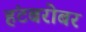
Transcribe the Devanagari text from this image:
हंटबरोबर